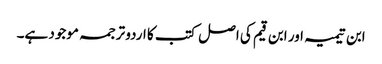
ابن تیمیہ اور ابن قیم کی اصل کتب کا اردو ترجمہ موجود ہے۔